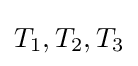
T_{1},T_{2},T_{3}